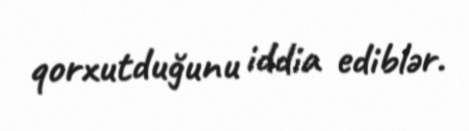
qorxutduğunu iddia ediblər.